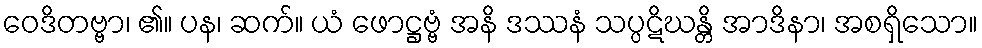
ဝေဒိတဗ္ဗာ၊ ၏။ ပန၊ ဆက်။ ယံ ဖောဋ္ဌဗ္ဗံ အနိ ဒဿနံ သပ္ပဋိဃန္တိ အာဒိနာ၊ အစရှိသော။